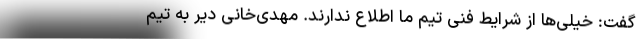
گفت: خیلی‌ها از شرایط فنی تیم ما اطلاع ندارند. مهدی‌خانی دیر به تیم